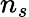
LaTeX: n_{\mathnormal{s}}